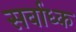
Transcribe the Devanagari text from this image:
सर्वाध्क